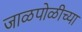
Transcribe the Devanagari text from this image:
जाळपोळीच्या